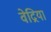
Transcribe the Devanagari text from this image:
वेद्रिया